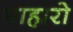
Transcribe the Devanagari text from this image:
पाहारो